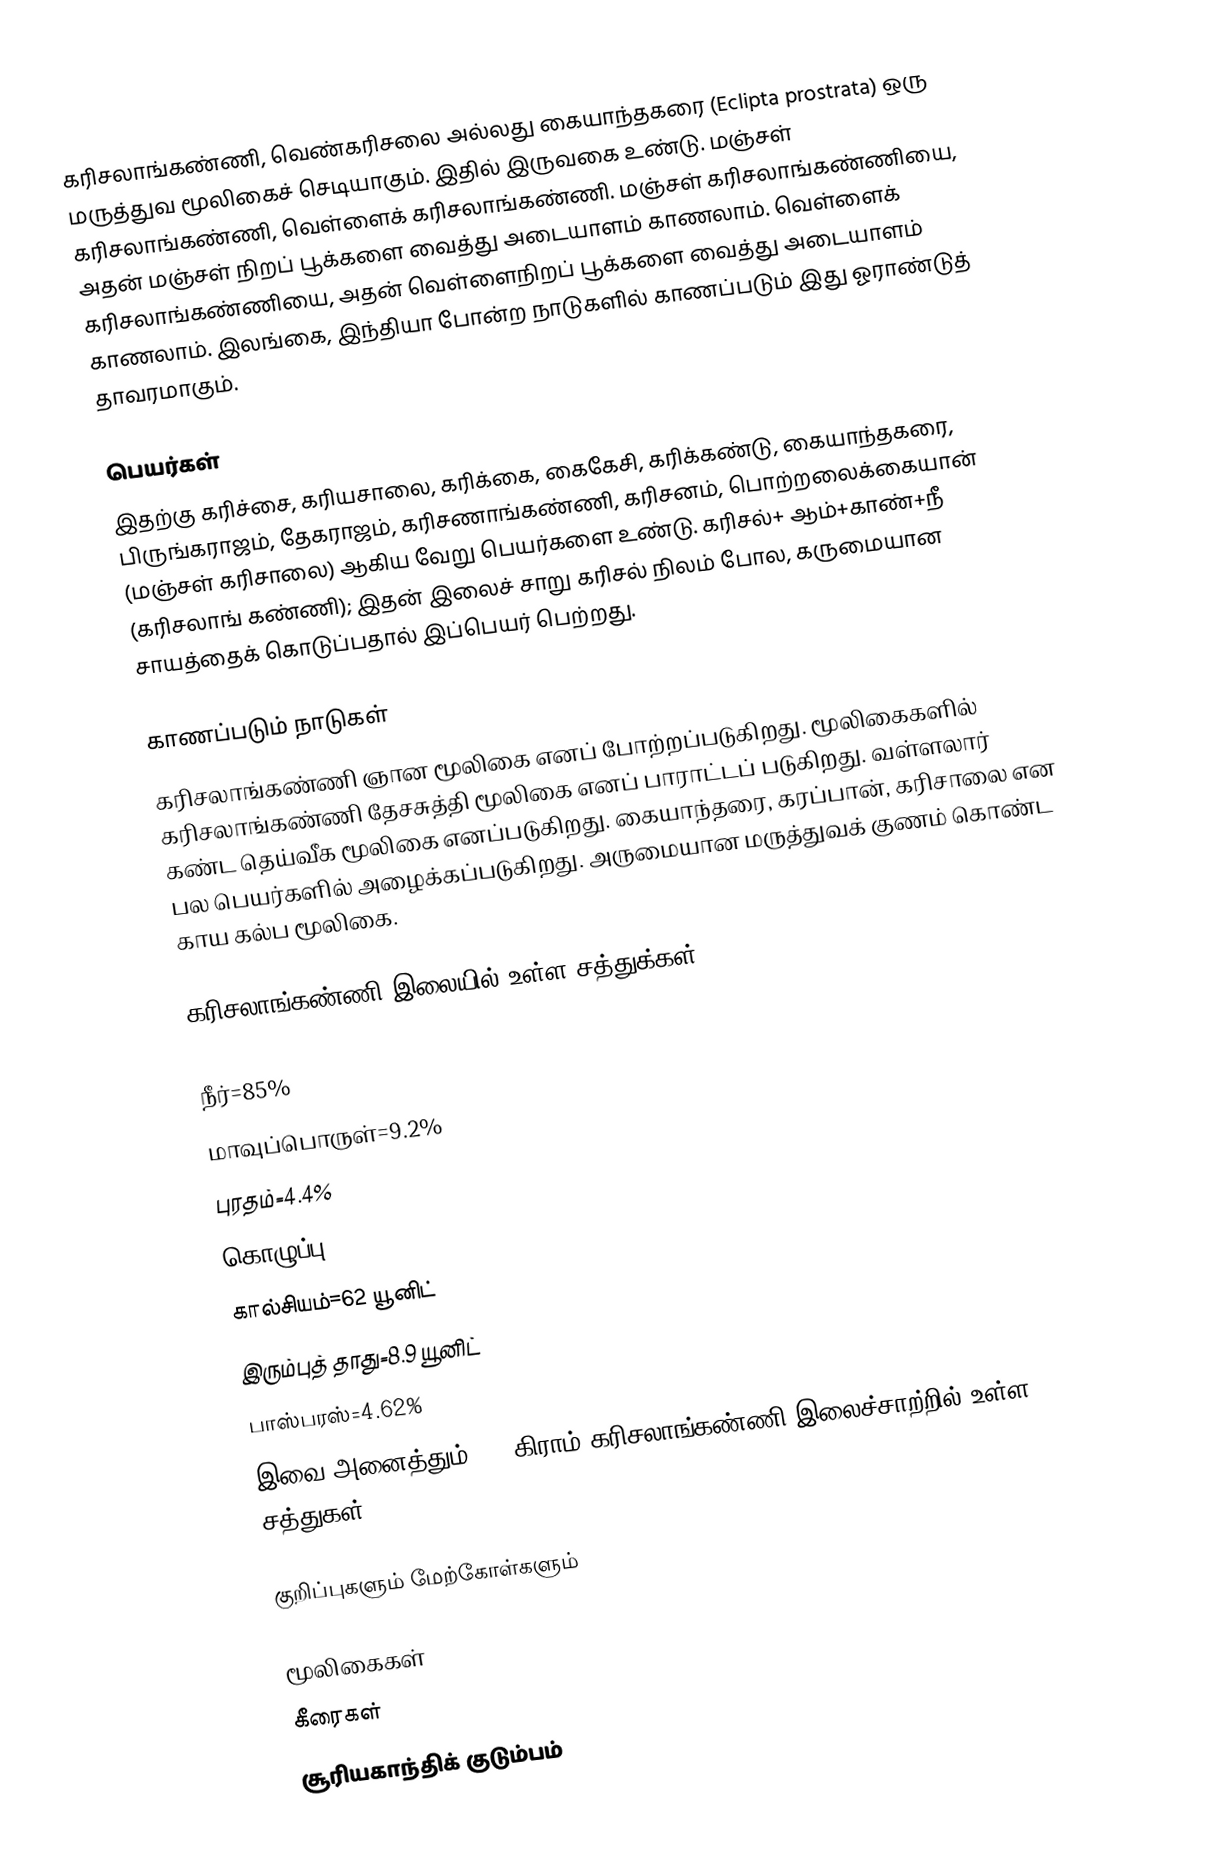
கரிசலாங்கண்ணி, வெண்கரிசலை அல்லது கையாந்தகரை (Eclipta prostrata) ஒரு மருத்துவ மூலிகைச் செடியாகும். இதில் இருவகை உண்டு. மஞ்சள் கரிசலாங்கண்ணி, வெள்ளைக் கரிசலாங்கண்ணி. மஞ்சள் கரிசலாங்கண்ணியை, அதன் மஞ்சள் நிறப் பூக்களை வைத்து அடையாளம் காணலாம்.  வெள்ளைக் கரிசலாங்கண்ணியை, அதன் வெள்ளைநிறப் பூக்களை வைத்து அடையாளம் காணலாம். இலங்கை, இந்தியா போன்ற நாடுகளில் காணப்படும் இது ஓராண்டுத் தாவரமாகும்.

பெயர்கள்
இதற்கு கரிச்சை, கரியசாலை, கரிக்கை, கைகேசி, கரிக்கண்டு, கையாந்தகரை, பிருங்கராஜம், தேகராஜம், கரிசணாங்கண்ணி, கரிசனம், பொற்றலைக்கையான் (மஞ்சள் கரிசாலை) ஆகிய வேறு பெயர்களை உண்டு. கரிசல்+ ஆம்+காண்+நீ (கரிசலாங் கண்ணி); இதன் இலைச் சாறு கரிசல் நிலம் போல, கருமையான சாயத்தைக் கொடுப்பதால் இப்பெயர் பெற்றது.

காணப்படும் நாடுகள்
கரிசலாங்கண்ணி ஞான மூலிகை எனப் போற்றப்படுகிறது. மூலிகைகளில் கரிசலாங்கண்ணி தேசசுத்தி மூலிகை எனப் பாராட்டப் படுகிறது. வள்ளலார் கண்ட தெய்வீக மூலிகை எனப்படுகிறது. கையாந்தரை, கரப்பான், கரிசாலை என பல பெயர்களில் அழைக்கப்படுகிறது. அருமையான மருத்துவக் குணம் கொண்ட காய கல்ப மூலிகை.

கரிசலாங்கண்ணி இலையில் உள்ள சத்துக்கள்:

நீர்=85%
மாவுப்பொருள்=9.2%
புரதம்=4.4%
கொழுப்பு=0.8%
கால்சியம்=62 யூனிட்
இரும்புத் தாது=8.9 யூனிட்
பாஸ்பரஸ்=4.62%
இவை அனைத்தும் 100 கிராம் கரிசலாங்கண்ணி இலைச்சாற்றில் உள்ள சத்துகள்.

குறிப்புகளும் மேற்கோள்களும்

மூலிகைகள்
கீரைகள்
சூரியகாந்திக் குடும்பம்